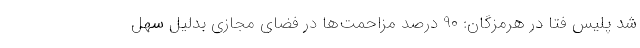
شد پلیس فتا در هرمزگان: 90 درصد مزاحمت‌ها در فضای مجازی بدلیل سهل